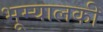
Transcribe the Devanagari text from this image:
भूम्यालकी